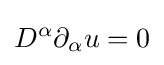
D^{\alpha }\partial _{\alpha }u=0